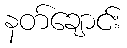
နတ်ချောင်း